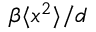
\beta \langle x ^ { 2 } \rangle / d